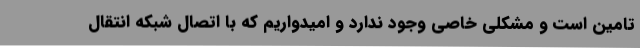
تامین است و مشکلی خاصی وجود ندارد و امیدواریم که با اتصال شبکه انتقال